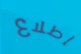
إطلاع